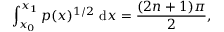
\int _ { x _ { 0 } } ^ { x _ { 1 } } p ( x ) ^ { 1 / 2 } ~ \mathrm { d } x = \frac { ( 2 n + 1 ) \pi } { 2 } ,